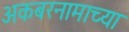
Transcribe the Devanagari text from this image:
अकबरनामाच्या